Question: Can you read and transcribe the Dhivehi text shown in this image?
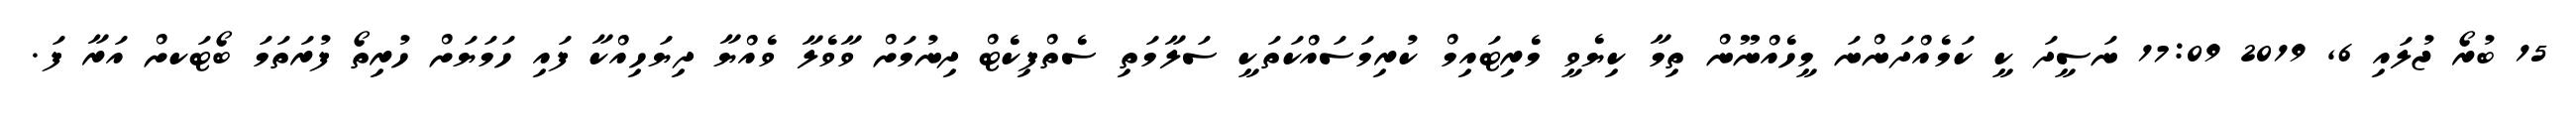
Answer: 15 ބުރޯ ޖުލައި 6, 2019 17:09 ނަސީދަ ކީ ކަމެއްދަންނަ މީހެއްނޫން ތިމާ ކިޔެވީ މެރިޓައިމް ކުރިމަސައްކަތަކީ ސަލާމަތި ސެތްފިކެޓް ދިނުމަށް ވާވެލާ ވެއްޔާ ދިޔަހިއްކާ ފައި ހަމަޔަށް ހުރިތޯ ފުރަތަމަ ބޯޓަކށް އަރާ ފަ.